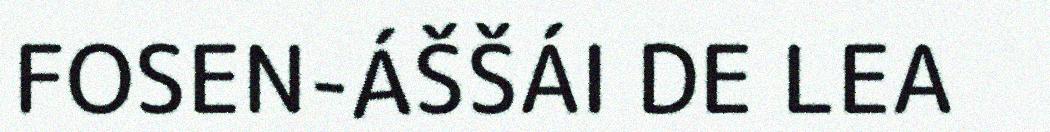
FOSEN-ÁŠŠÁI DE LEA